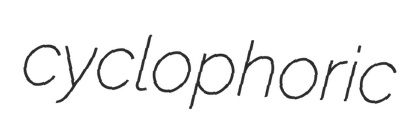
cyclophoric